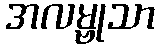
အလမ္ဗုသာ